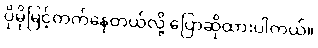
ပိုမိုမြင့်တက်နေတယ်လို့ ပြောဆိုထားပါတယ်။